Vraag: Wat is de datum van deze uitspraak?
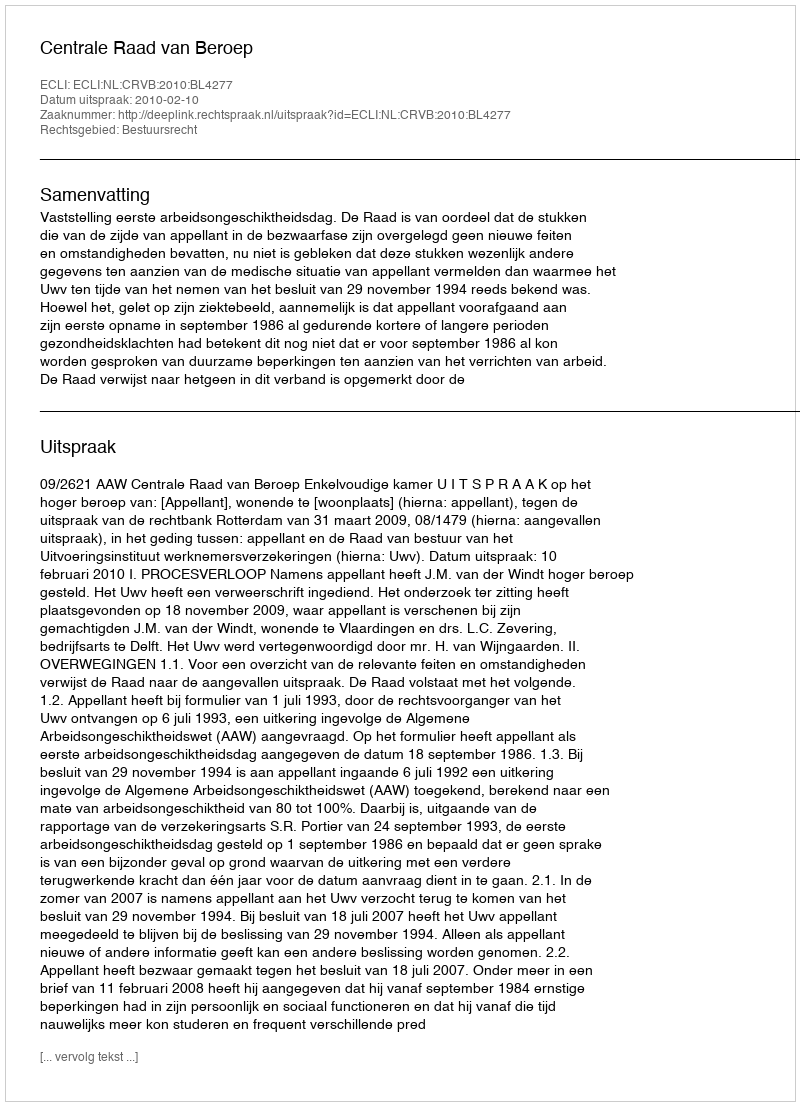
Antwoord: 2010-02-10